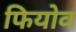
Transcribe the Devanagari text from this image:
फियोव